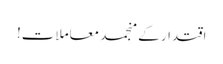
اقتدار کے منجمد معاملات!